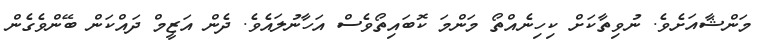
މަންޝާއަށެވެ. ނުވިތާކަށް ކިހިނެއްތޯ މަންމަ ކޮބައިތޯވެސް އަހާނުލައެވެ. ދެން އަޒީމް ދައްކަން ބޭންވެގެން